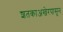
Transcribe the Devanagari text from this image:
शतकाअखेरपासून